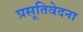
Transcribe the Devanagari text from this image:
प्रसूतिवेदना